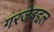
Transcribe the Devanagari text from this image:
गरजेबद्दल